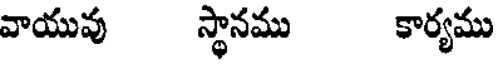
వాయువు స్థానము కార్యము